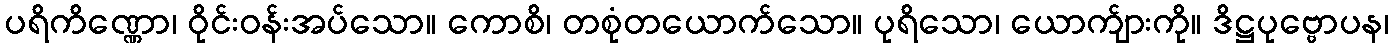
ပရိကိဏ္ဏော၊ ဝိုင်းဝန်းအပ်သော။ ကောစိ၊ တစုံတယောက်သော။ ပုရိသော၊ ယောက်ျားကို။ ဒိဋ္ဌပုဗ္ဗောပန၊